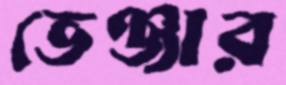
ভেঞ্জার